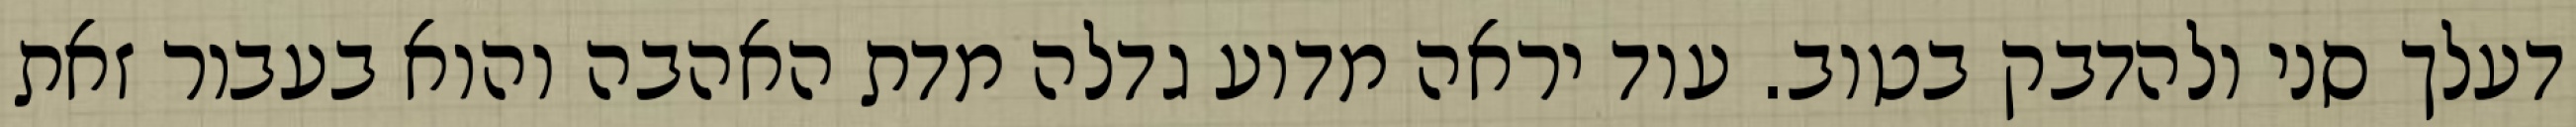
דעלך סני ולהדבק בטוב. עוד יראה מדוע גדלה מדת האהבה והוא בעבור זאת